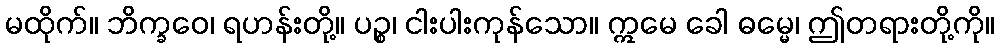
မထိုက်။ ဘိက္ခဝေ၊ ရဟန်းတို့။ ပဉ္စ၊ ငါးပါးကုန်သော။ ဣမေ ခေါ ဓမ္မေ၊ ဤတရားတို့ကို။